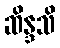
ဆိန္ဒသိ